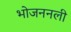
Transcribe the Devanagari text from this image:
भोजननली